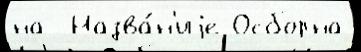
на  Назва́н'иjе Осборна